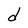
Character: d